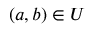
( a , b ) \in U